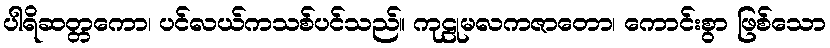
ပါရိဆတ္တကော၊ ပင်လယ်ကသစ်ပင်သည်။ ကုဠုမလကဇာတော၊ ကောင်းစွာ ဖြစ်သော